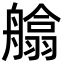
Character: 𦪙